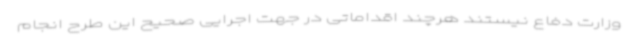
وزارت دفاع نیستند هرچند اقداماتی در جهت اجرایی صحیح این طرح انجام